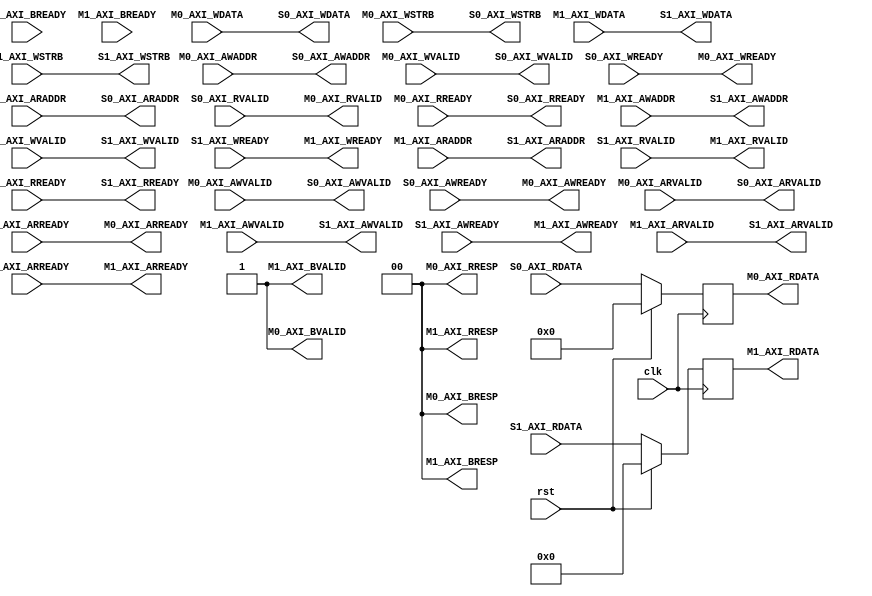
module AXI4_Lite
(
	input wire clk                   ,
	input wire rst                   ,
	
	//AXI4-Lite
	
	//master 0 interface
	//AW
	input  wire [11:0] M0_AXI_AWADDR ,
	input  wire        M0_AXI_AWVALID,
	output reg         M0_AXI_AWREADY,
	                    
	//W           
	input  wire [127:0]M0_AXI_WDATA  ,
	input  wire [7 :0] M0_AXI_WSTRB  ,
	input  wire        M0_AXI_WVALID ,
	output reg         M0_AXI_WREADY ,
                        
	//B                
	output reg  [1 :0] M0_AXI_BRESP  ,
    output reg         M0_AXI_BVALID ,
	input  wire        M0_AXI_BREADY ,
	                    
	//AR                   
	input  wire [11:0] M0_AXI_ARADDR ,
	input  wire        M0_AXI_ARVALID,
	output reg         M0_AXI_ARREADY,
	                    
	//R           
	output reg  [127:0]M0_AXI_RDATA  ,
	output reg  [1 :0] M0_AXI_RRESP  ,
	output reg         M0_AXI_RVALID ,
	input  wire        M0_AXI_RREADY ,
	
	//master 1 interface
	//AW
	input  wire [11:0] M1_AXI_AWADDR ,
	input  wire        M1_AXI_AWVALID,
	output reg         M1_AXI_AWREADY,
	                    
	//W           
	input  wire [255:0] M1_AXI_WDATA  ,
	input  wire [7 :0] M1_AXI_WSTRB  ,
	input  wire        M1_AXI_WVALID ,
	output reg         M1_AXI_WREADY ,
                        
	//B              
	output reg  [1 :0] M1_AXI_BRESP  ,
    output reg         M1_AXI_BVALID ,
	input  wire        M1_AXI_BREADY ,
	                    
	//AR                 
	input  wire [11:0] M1_AXI_ARADDR ,
	input  wire        M1_AXI_ARVALID,
	output reg         M1_AXI_ARREADY,
	                    
	//R           
	output reg  [255:0] M1_AXI_RDATA  ,
	output reg  [1 :0] M1_AXI_RRESP  ,
	output reg         M1_AXI_RVALID ,
	input  wire        M1_AXI_RREADY ,
	
	//slave 0 interface
	//AW
	output wire [11:0] S0_AXI_AWADDR ,
	output wire        S0_AXI_AWVALID,
	input  wire        S0_AXI_AWREADY,
   
	//W       
	output wire [127:0]S0_AXI_WDATA  ,
	output wire [7 :0] S0_AXI_WSTRB  ,
	output wire        S0_AXI_WVALID ,
	input  wire        S0_AXI_WREADY ,
                       
	//AR                
	output wire [11:0] S0_AXI_ARADDR ,
	output wire        S0_AXI_ARVALID,
	input  wire        S0_AXI_ARREADY,
	                   	
	//R          
	input  wire [127:0]S0_AXI_RDATA  ,
	input  wire        S0_AXI_RVALID ,
	output wire        S0_AXI_RREADY ,
	
	//slave 1 interface
	//AW
	output wire [11:0] S1_AXI_AWADDR ,
	output wire        S1_AXI_AWVALID,
	input  wire        S1_AXI_AWREADY,
                        
	//W           
	output wire [255:0] S1_AXI_WDATA  ,
	output wire [7 :0] S1_AXI_WSTRB  ,
	output wire        S1_AXI_WVALID ,
	input  wire        S1_AXI_WREADY ,
                        
	//AR              
	output wire [11:0] S1_AXI_ARADDR ,
	output wire        S1_AXI_ARVALID,
	input  wire        S1_AXI_ARREADY,
	                    
	//R           
	input  wire [255:0] S1_AXI_RDATA  ,
	input  wire        S1_AXI_RVALID ,
	output wire        S1_AXI_RREADY 
);

	//m0/m1 <-> master0/master1
	wire [11:0] master0_axi_awaddr ;
	wire        master0_axi_awvalid;
	wire        master0_axi_awready;
	wire [127:0]master0_axi_wdata  ;
	wire [7 :0] master0_axi_wstrb  ;
	wire        master0_axi_wvalid ;
	wire        master0_axi_wready ;
	wire [11:0] master0_axi_araddr ;
	wire        master0_axi_arvalid;
	wire        master0_axi_arready;
	reg  [127:0]master0_axi_rdata  ;
	wire        master0_axi_rvalid ;
	wire        master0_axi_rready ;

	wire [11:0] master1_axi_awaddr ;
	wire        master1_axi_awvalid;
	wire        master1_axi_awready;
	wire [255:0] master1_axi_wdata ;
	wire [7 :0] master1_axi_wstrb  ;
	wire        master1_axi_wvalid ;
	wire        master1_axi_wready ;
	wire [11:0] master1_axi_araddr ;
	wire        master1_axi_arvalid;
	wire        master1_axi_arready;
	reg  [255:0] master1_axi_rdata ;
	wire        master1_axi_rvalid ;
	wire        master1_axi_rready ;
	
	//m0/m1->master0/master1
	assign master0_axi_awaddr  = M0_AXI_AWADDR ;
	assign master0_axi_awvalid = M0_AXI_AWVALID;
	assign master0_axi_wdata   = M0_AXI_WDATA  ;
	assign master0_axi_wstrb   = M0_AXI_WSTRB  ;
	assign master0_axi_wvalid  = M0_AXI_WVALID ;
	assign master0_axi_araddr  = M0_AXI_ARADDR ;
	assign master0_axi_arvalid = M0_AXI_ARVALID;
	assign master0_axi_rready  = M0_AXI_RREADY ;
	
	assign master1_axi_awaddr  = M1_AXI_AWADDR ;
	assign master1_axi_awvalid = M1_AXI_AWVALID;
	assign master1_axi_wdata   = M1_AXI_WDATA  ;
	assign master1_axi_wstrb   = M1_AXI_WSTRB  ;
	assign master1_axi_wvalid  = M1_AXI_WVALID ;
	assign master1_axi_araddr  = M1_AXI_ARADDR ;
	assign master1_axi_arvalid = M1_AXI_ARVALID;
	assign master1_axi_rready  = M1_AXI_RREADY ;
	
	//master0/master1 -> m0/m1
	always @(*)
		begin
			M0_AXI_AWREADY = master0_axi_awready;
			M0_AXI_WREADY  = master0_axi_wready ;
			M0_AXI_ARREADY = master0_axi_arready;
			M0_AXI_RDATA   = master0_axi_rdata  ;
			M0_AXI_RVALID  = master0_axi_rvalid ;
			M1_AXI_AWREADY = master1_axi_awready;
			M1_AXI_WREADY  = master1_axi_wready ;
			M1_AXI_ARREADY = master1_axi_arready;
			M1_AXI_RDATA   = master1_axi_rdata  ;
			M1_AXI_RVALID  = master1_axi_rvalid ;
		end
	
	//slave w <-> master w
	assign S0_AXI_AWADDR = master0_axi_awaddr;
	assign S1_AXI_AWADDR = master1_axi_awaddr;
	
	assign S0_AXI_AWVALID = master0_axi_awvalid;
	assign S1_AXI_AWVALID = master1_axi_awvalid;
	
	assign S0_AXI_WDATA = master0_axi_wdata;
	assign S1_AXI_WDATA = master1_axi_wdata;
	
	assign S0_AXI_WSTRB = master0_axi_wstrb;
	assign S1_AXI_WSTRB = master1_axi_wstrb;
	
	assign S0_AXI_WVALID = master0_axi_wvalid;
	assign S1_AXI_WVALID = master1_axi_wvalid;
	
	assign master0_axi_awready = S0_AXI_AWREADY;
	assign master1_axi_awready = S1_AXI_AWREADY;
							   
	assign master0_axi_wready = S0_AXI_WREADY;
	assign master1_axi_wready = S1_AXI_WREADY;
	
	//slave a <-> master a
	assign S0_AXI_ARADDR = master0_axi_araddr;
	assign S1_AXI_ARADDR = master1_axi_araddr;
	
	assign S0_AXI_ARVALID = master0_axi_arvalid;
	assign S1_AXI_ARVALID = master1_axi_arvalid;
	
	assign master0_axi_arready = S0_AXI_ARREADY;
	assign master1_axi_arready = S1_AXI_ARREADY;

	//slave r <-> master r
	assign S0_AXI_RREADY = master0_axi_rready;
	assign S1_AXI_RREADY = master1_axi_rready;
							 
	assign master0_axi_rvalid = S0_AXI_RVALID;
	assign master1_axi_rvalid = S1_AXI_RVALID;
	
	/*assign master0_axi_rdata = S0_AXI_RDATA;
	assign master1_axi_rdata = S1_AXI_RDATA;*/
	
	always @(posedge clk)
		begin
			if(rst == 1'b1) begin
				master0_axi_rdata <= 128'b0;
				master1_axi_rdata <= 256'b0;
			end
			else begin
				master0_axi_rdata <= S0_AXI_RDATA;
				master1_axi_rdata <= S1_AXI_RDATA;
			end
		end
	
	//
	wire valid = 1'b1;
	
	always @(*)
		begin
			M0_AXI_BRESP  = 2'b00;
			M0_AXI_BVALID = valid;
			M0_AXI_RRESP  = 2'b00;
			M1_AXI_BRESP  = 2'b00;
			M1_AXI_BVALID = valid;
			M1_AXI_RRESP  = 2'b00;
		end
	
endmodule